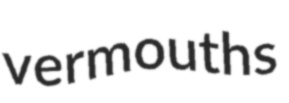
vermouths